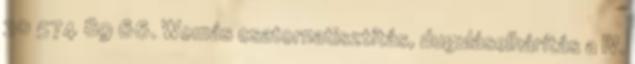
30 574 89 66. Womás csatornatisztítás, duguláselhárítás a IV.